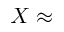
\boldsymbol { X } \approx